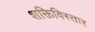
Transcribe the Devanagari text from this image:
शक्तिविस्तार